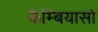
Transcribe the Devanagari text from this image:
कैम्बियासो